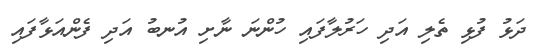
ދަޅު ފުޅި ތެލި އަދި ހަރުލާފައި ހުންނަ ނާށި އުނބު އަދި ފެންއަޅާފައި